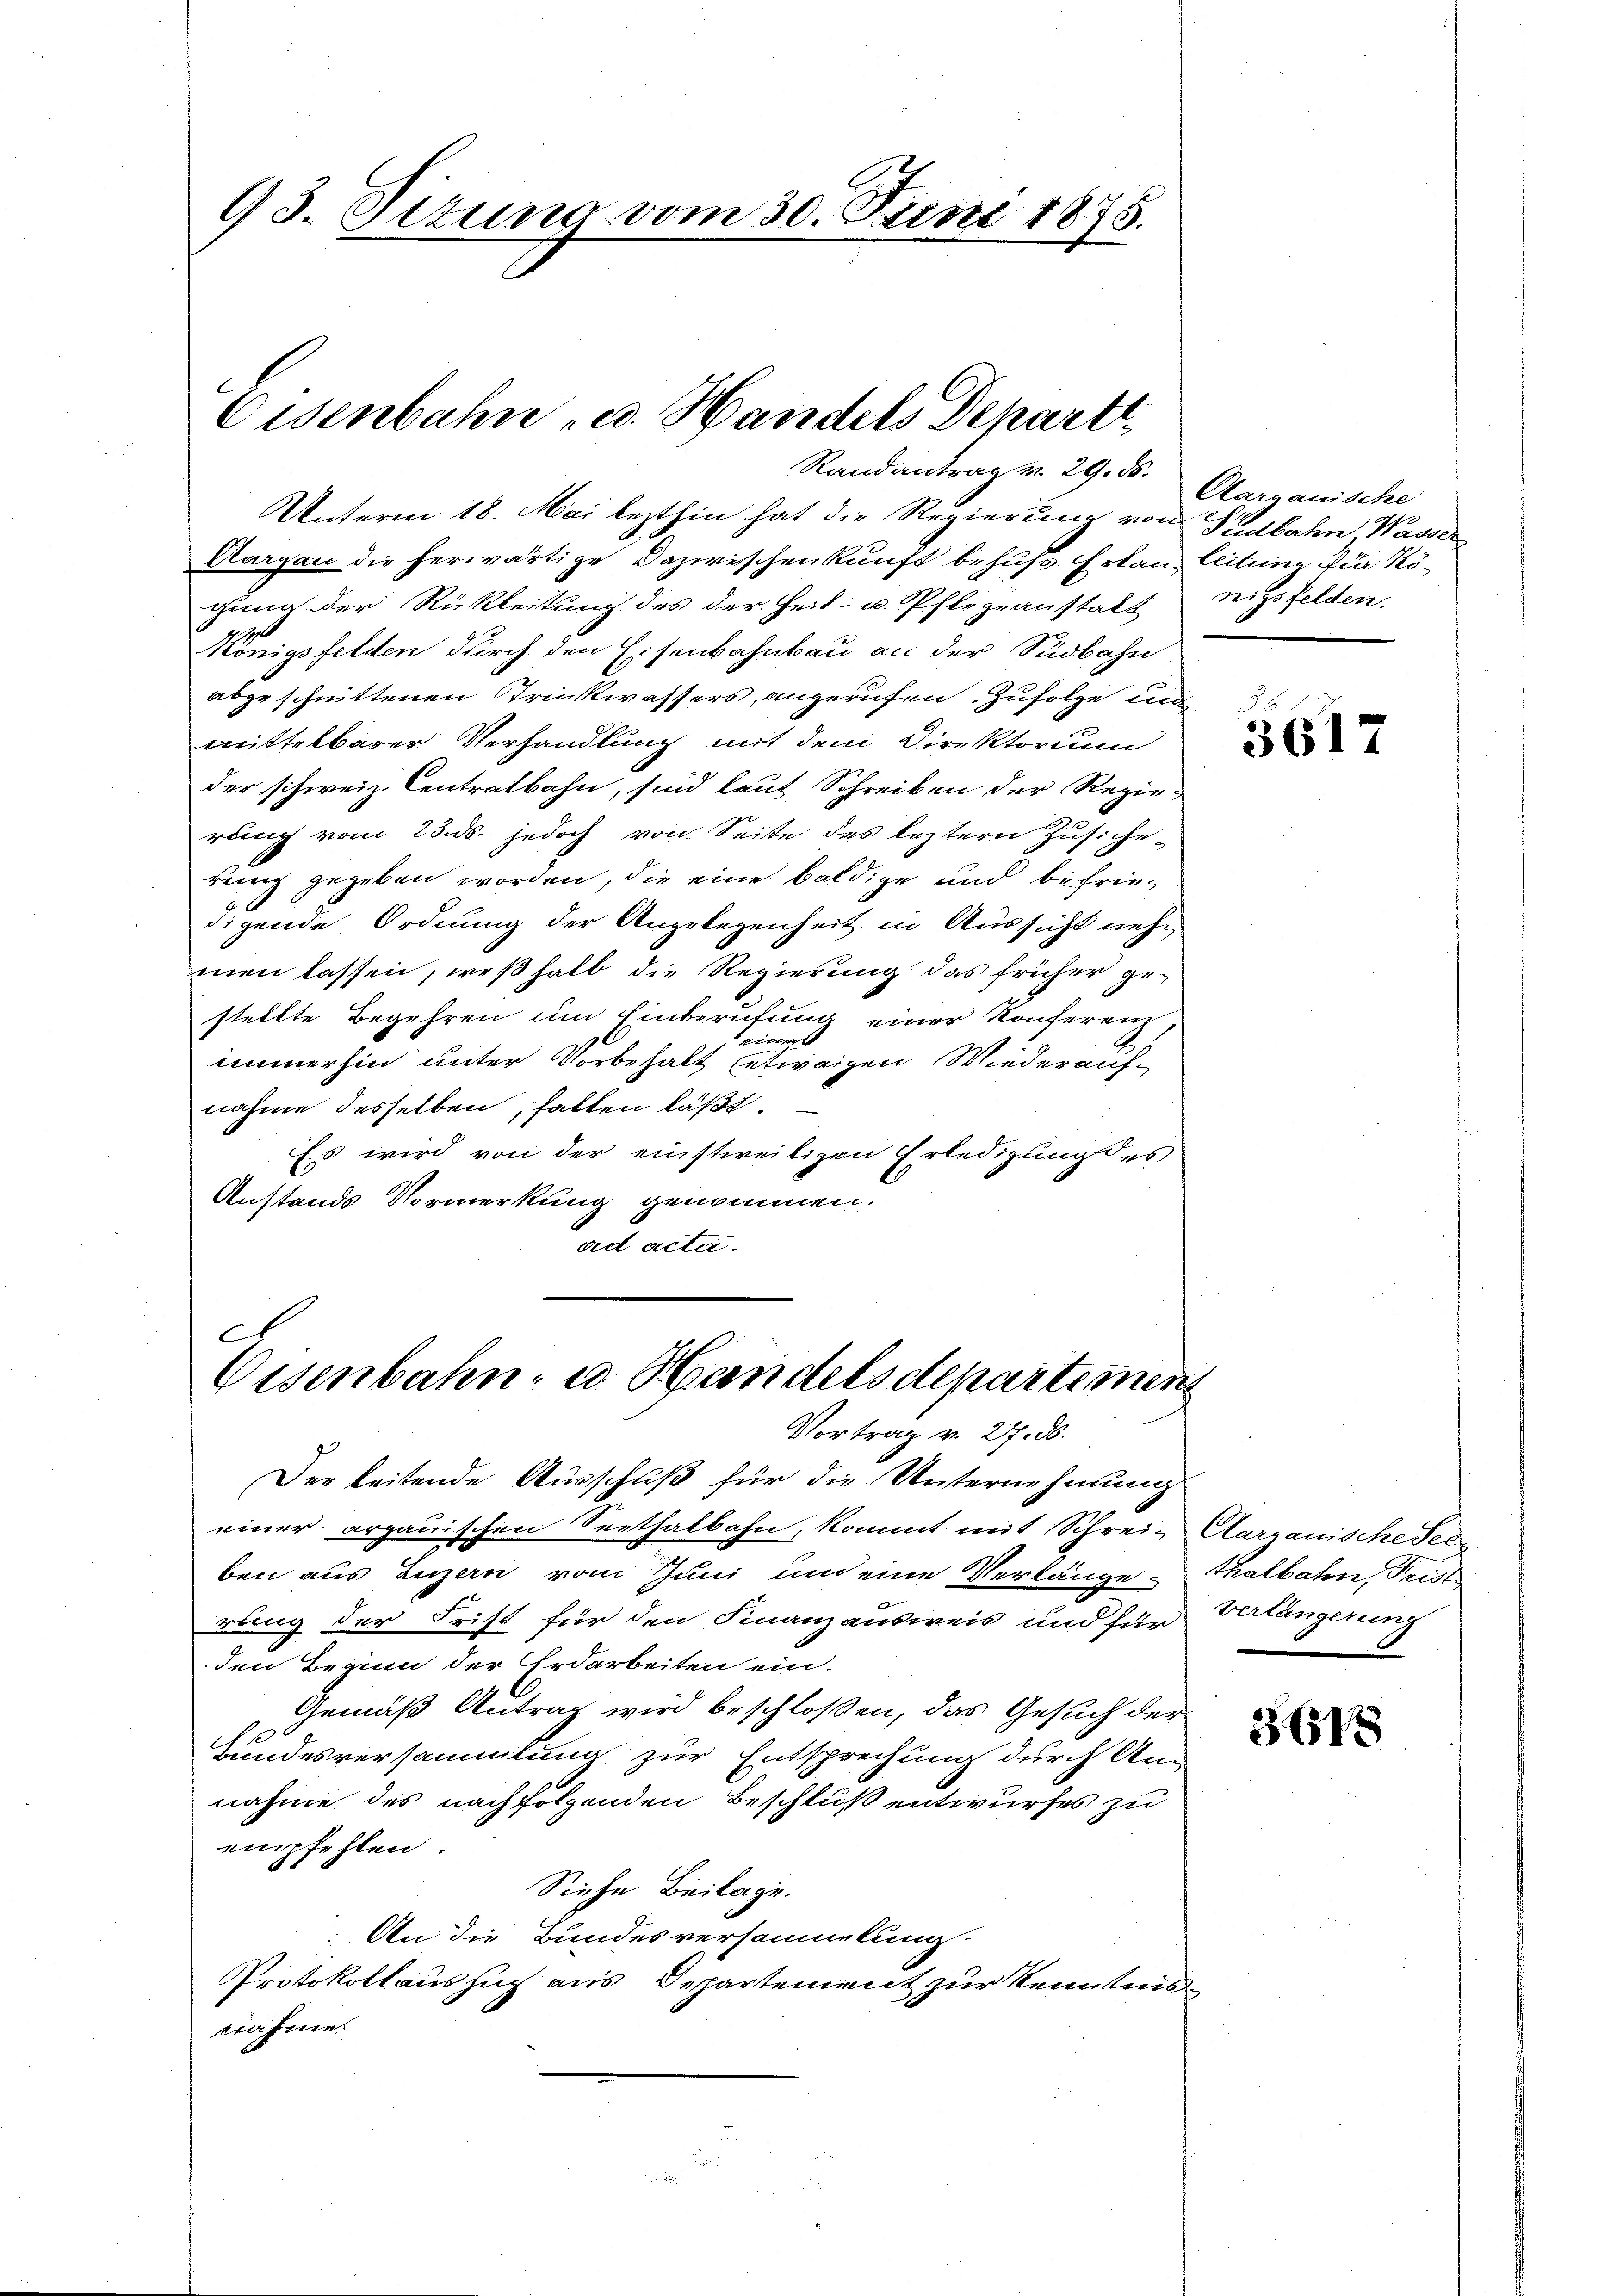
13. Situng vom 30. Juni 1875.

Eisenbahn u. Handels Departt,
Randantrag v. 29. 55. Aargauische

Unterm 18. Mai lezthin hat die Regierung von Srdbahn, Wasser
Aargau die herwärtige Dazwischenkunft behufs Erlau, leitung der Kögung der Rükleitung des der Zeit- u. Pflegeanstalt nitsfelden.
Königsfelden durch den Eisenbahnbau an der Südbahn
abgeschnittenen Trinkwassers, angerufen. Zufolge un
mittelbarer Verhandlung mit dem Direktorium
der schweiz. Centratbahn, sind laut Schreiben der Regie-
rung vom 23. ds. jedoch von Seite des leztern Zusicherung gegeben worden, die eine baldige und befriedigende Ordnung der Angelegenheit in Aussicht nehmen lassen, weßhalb die Regierung das früher gestellte Begehren um Einberufung einer Konferenz
einer
immerhin unter Vorbehalt etwaigen Wiederaufnahme desselben, halten läßt.
Es wird von der einstweiligen Erledigung des
Anstands Vormerkung genommen.
ad acta.
C

Eisenbahn- u. Handelsdepartimen
Vortrag v. 27. ds.

Der leitende Ausschuß für die Unternehmung
einer argauischen Seethalbahn, kommt mit Schrei- Aargauische Seen
ben aus Luzern vom Juni um eine Verlänge Thalbahn, Frist
rung der Frist für den Finanzausweis und für Verlängerung
den Beginn der Erdarbeiten ein.
Gemäß Antrag wird beschloßen, das Gesuch der
Bundesversammlung zur Entsprechung durch Ann
nahme des nachfolgenden Beschluß entwurfes zu
empfehlen.
Siehe Beilage.
An die Bundesversammlung.
Protokollaussuch aus Departement zur Kenntnisträfene
h

.
3617

.

3618